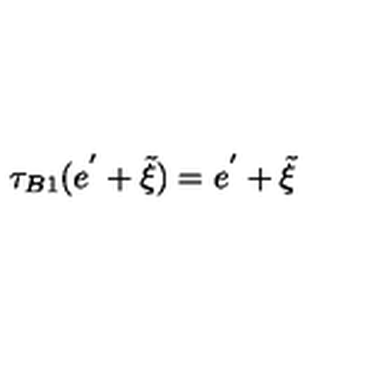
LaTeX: \tau _ { B 1 } ( e ^ { ' } + \tilde { \xi } ) = e ^ { ' } + \tilde { \xi }